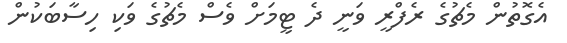
އެގޮތުން މެޗުގެ ރެފްރީ ވަނީ ދެ ޓީމަށް ވެސް މެޗުގެ ވަކި ހިސާބަކުން